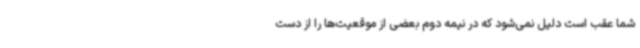
شما عقب است دلیل نمی‌شود که در نیمه دوم بعضی از موقعیت‌ها را از دست